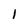
Character: i